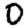
Digit: 0